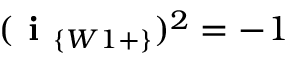
( \textbf { i } _ { \{ W 1 + \} } ) ^ { 2 } = - 1